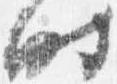
時